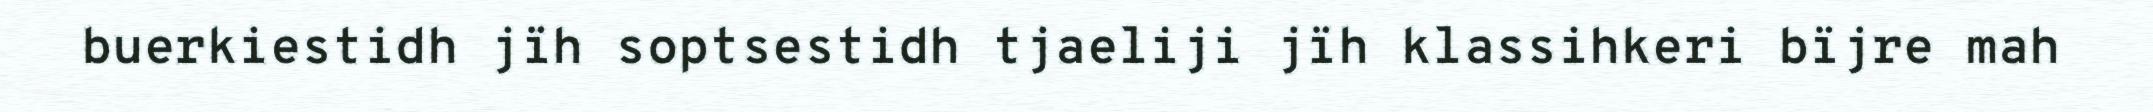
buerkiestidh jïh soptsestidh tjaeliji jïh klassihkeri bïjre mah